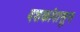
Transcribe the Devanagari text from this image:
दशकांपासुन